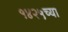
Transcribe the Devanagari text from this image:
१४२५च्या